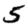
Digit: 5